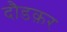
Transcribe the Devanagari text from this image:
दौडक़र